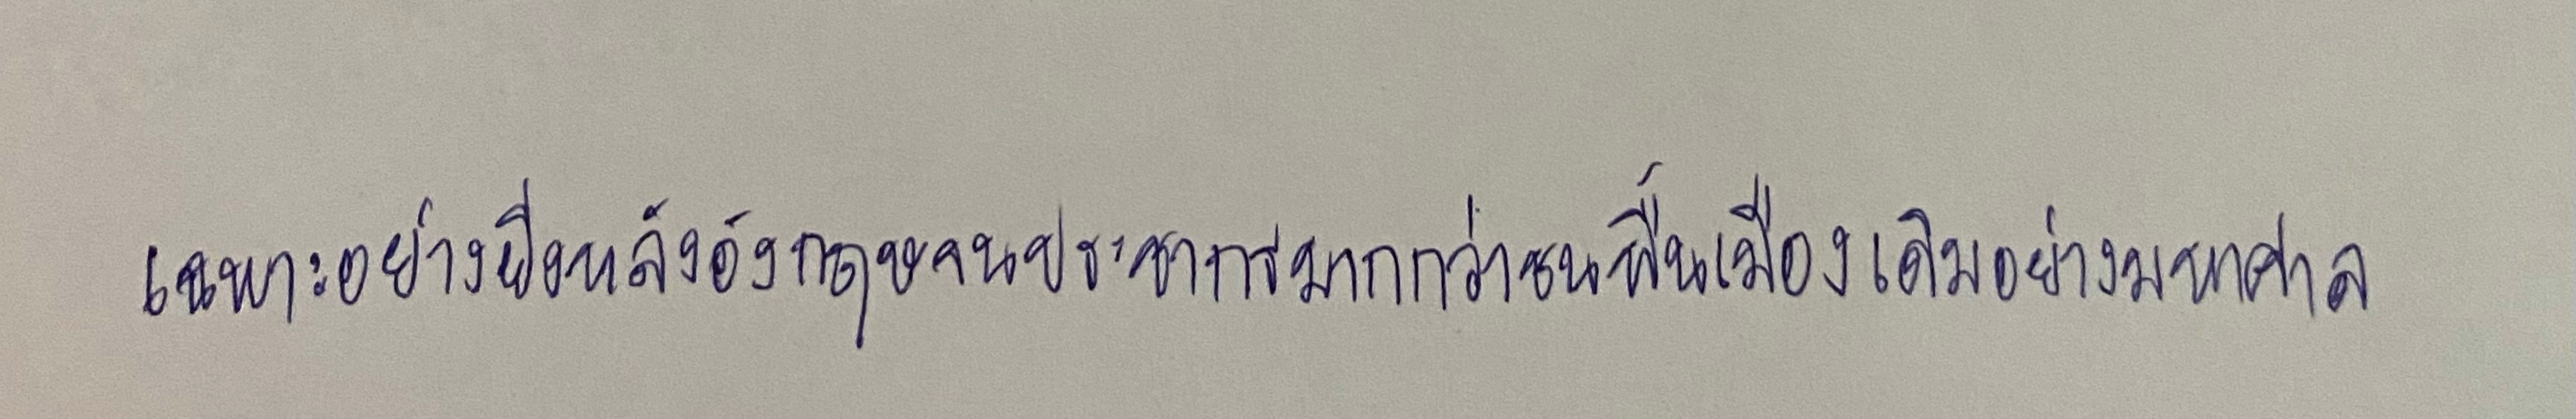
เฉพาะอย่างยิ่งหลังอังกฤษจนประชากรมากกว่าชนพื้นเมืองเดิมอย่างมหาศาล